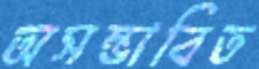
অসম্ভাবিত